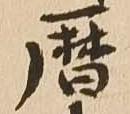
暦